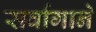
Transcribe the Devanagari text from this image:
सर्वागाने